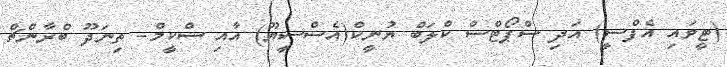
(ޓީވައި އެފްސީ) އަދި ސްޕޯޓްސް ކްލަބް ޔުނީކް(އެސްސީޔޫ) އާއި ސްކީމް- ތިނަދޫ ބްރާންޗް